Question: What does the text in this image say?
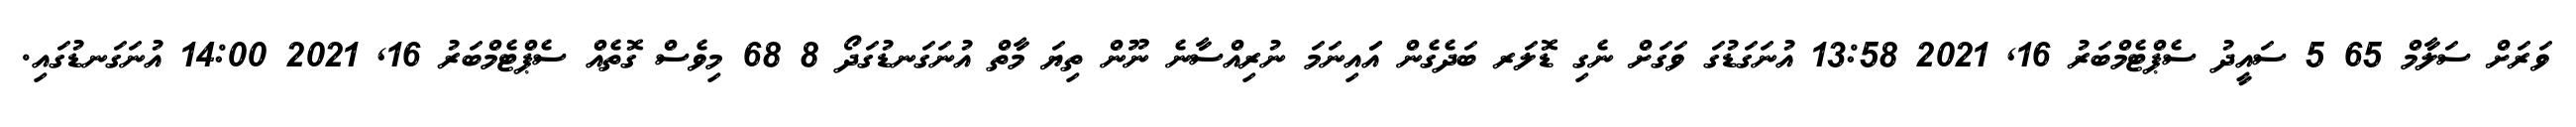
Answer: ވަރަށް ސަލާމް 65 5 ސައީދު ސެޕްޓެމްބަރު 16, 2021 13:58 އުނަގަޑުގަ ވަގަށް ނެގި ޑޮލަރ ބަދެގެން އަައިނަމަ ނުރިއްސާނެ ނޫން ތިޔަ މާތް އުނަގަނޑުގަދޯ 8 68 މިވެސް ގޮތެއް ސެޕްޓެމްބަރު 16, 2021 14:00 އުނަގަނޑުގައި.